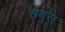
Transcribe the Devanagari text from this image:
सयुरा